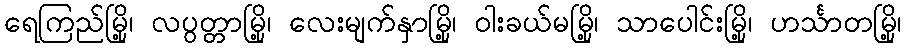
ရေကြည်မြို့၊ လပွတ္တာမြို့၊ လေးမျက်နှာမြို့၊ ဝါးခယ်မမြို့၊ သာပေါင်းမြို့၊ ဟင်္သာတမြို့၊